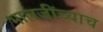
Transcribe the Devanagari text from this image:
भालजींच्याच